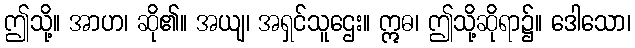
ဤသို့။ အာဟ၊ ဆို၏။ အယျ၊ အရှင်သူဌေး။ ဣဓ၊ ဤသို့ဆိုရာ၌။ ဒေါသော၊